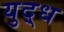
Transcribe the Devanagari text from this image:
युद़्ध